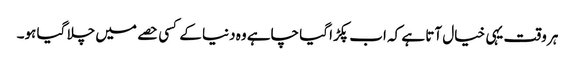
ہر وقت یہی خیال آتا ہے کہ اب پکڑا گیا چاہے وہ دنیا کے کسی حصے میں چلا گیا ہو۔